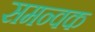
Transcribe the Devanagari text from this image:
समन्वक